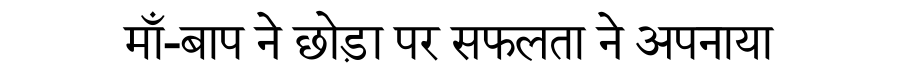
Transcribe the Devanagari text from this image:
माँ-बाप ने छोड़ा पर सफलता ने अपनाया